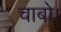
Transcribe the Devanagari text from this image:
चाबो।